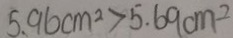
5 . 9 6 c m ^ { 2 } > 5 . 6 9 c m ^ { 2 }